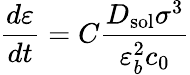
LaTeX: {\frac{d\varepsilon}{dt}}=C{\frac{D_{\mathrm{{sol}}}\sigma^{3}}{\varepsilon_{b}^{2}c_{0}}}